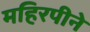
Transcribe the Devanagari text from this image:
महिरपीने